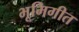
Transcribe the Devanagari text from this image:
भूमिगीत